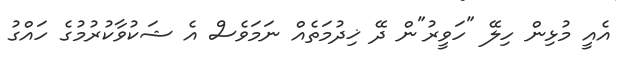
އެއީ މުޅިން ހިލޭ "ހަވީރު"ން ދޭ ޚިދުމަތެއް ނަމަވެސް އެ ޝަކުވާކުރުމުގެ ހައްގު